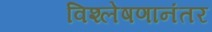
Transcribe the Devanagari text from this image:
विश्लेषणानंतर